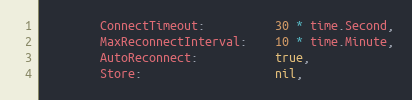
Language: Go
		ConnectTimeout:          30 * time.Second,
		MaxReconnectInterval:    10 * time.Minute,
		AutoReconnect:           true,
		Store:                   nil,